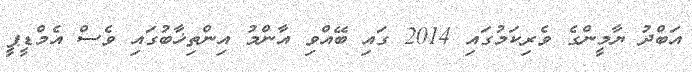
އަބްދު ޔާމީންގެ ވެރިކަމުގައި 2014 ގައި ބޭއްވި އާންމު އިންތިޚާބުގައި ވެސް އެމްޑީޕީ